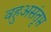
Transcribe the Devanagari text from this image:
वहुअसंतृप्त